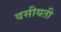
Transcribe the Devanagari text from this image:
वसीयती